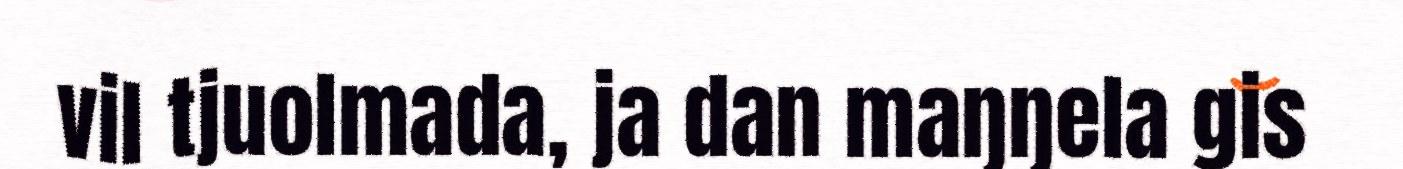
vil tjuolmada, ja dan maŋŋela gis